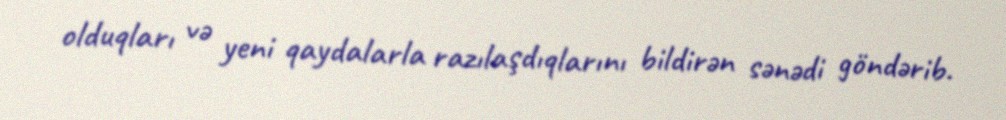
olduqları və yeni qaydalarla razılaşdıqlarını bildirən sənədi göndərib.